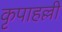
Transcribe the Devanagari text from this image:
कृपाहल्ली